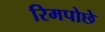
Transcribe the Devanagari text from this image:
रिमपोछे